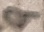
Text: 9